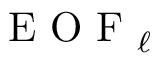
\textrm { E O F } _ { \ell }